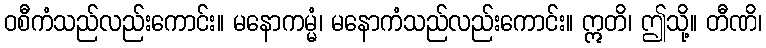
ဝစီကံသည်လည်းကောင်း။ မနောကမ္မံ၊ မနောကံသည်လည်းကောင်း။ ဣတိ၊ ဤသို့။ တီဏိ၊